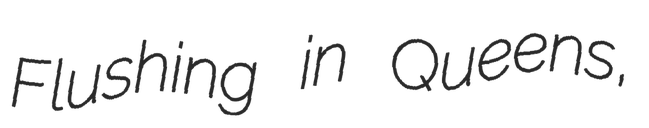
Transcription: Flushing in Queens,